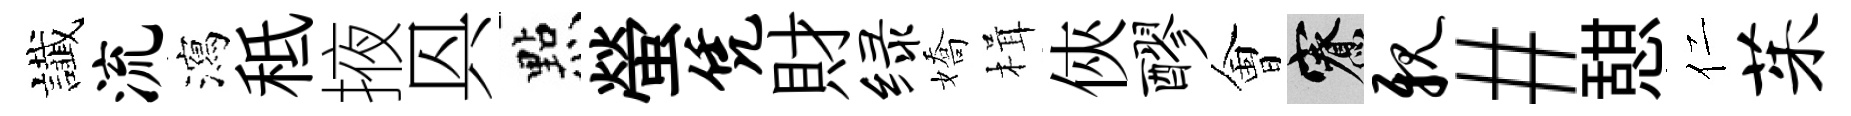
䜟流瀉秪掖㒷㸃螢凭財绿嬌楫俠醪㑹寮亲#憇仁茱